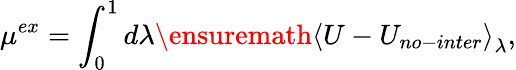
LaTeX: \mu^{ex}=\int_{0}^{1}d\lambda\ensuremath{\langle{U-U_{no-inter}}\rangle}_{\lambda},